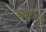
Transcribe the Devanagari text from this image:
चानकीगढ